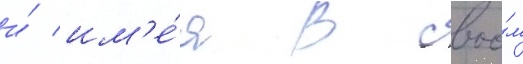
и́ им'е́я в своо́м